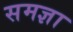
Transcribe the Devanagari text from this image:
समज्ञा